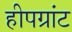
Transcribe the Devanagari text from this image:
हीपग्रांट